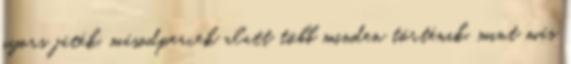
gyors játék, másodpercek alatt több minden történik, mint más